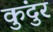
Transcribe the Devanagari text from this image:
कुंदुर